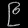
Digit: ၉